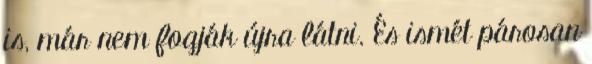
is, már nem fogják újra látni. És ismét párosan